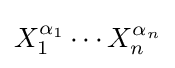
X_{1}^{\alpha _{1}}\cdots X_{n}^{\alpha _{n}}